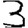
Digit: 3